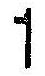
1